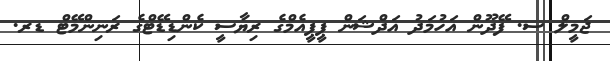
ޖަމީލް ސ. ފޭދޫން އަހުމަދު އަދްޝަން ޕީޕީއެމްގެ ރިޔާސީ ކެންޑިޑޭޓްގެ ރަނިންމޭޓް ޑރ.